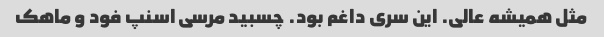
مثل همیشه عالی. این سری داغم بود. چسبید مرسی اسنپ فود و ماهک